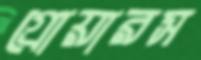
গ্রোয়ারস